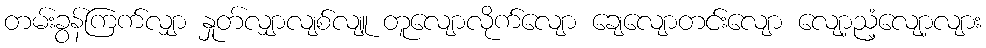
တမ်းခွန်ကြက်လျှာ နှုတ်လျှာလျစ်လျူ တူလျောလိုက်လျော ချေလျောတင်းလျော လျော့ညံ့လျော့လျား